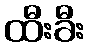
ထီးခီး